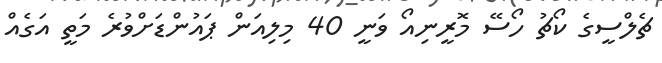
ޗެލްސީގެ ކޯޗު ހޯސޭ މޮރީނިއޯ ވަނީ 40 މިލިއަން ޕައުންޑަށްވުރެ މަތީ އަގެއް